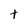
Character: t